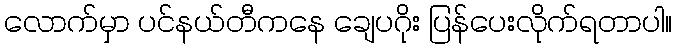
လောက်မှာ ပင်နယ်တီကနေ ချေပဂိုး ပြန်ပေးလိုက်ရတာပါ။